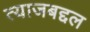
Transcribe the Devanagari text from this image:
त्याजबद्दल